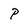
Character: P